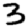
Digit: 3